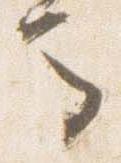
馬